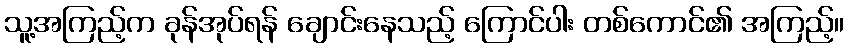
သူ့အကြည့်က ခုန်အုပ်ရန် ချောင်းနေသည့် ကြောင်ပါး တစ်ကောင်၏ အကြည့်။